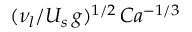
( \nu _ { l } / U _ { s } \, g ) ^ { 1 / 2 } \, C a ^ { - 1 / 3 }